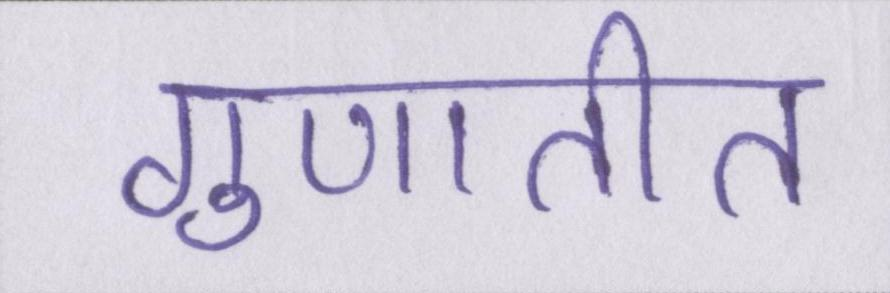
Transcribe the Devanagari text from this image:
गुणातीत